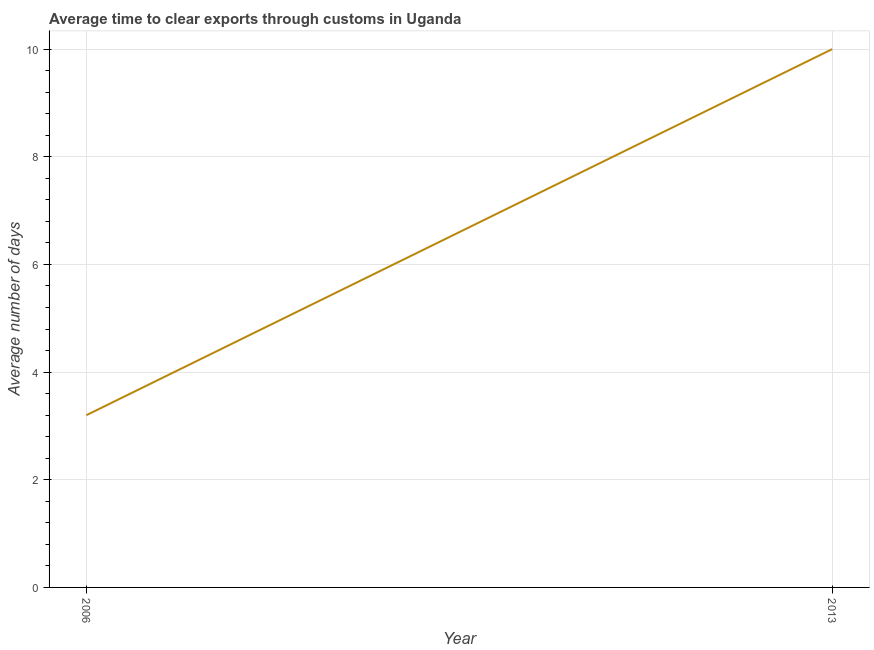
| Year | Time to clear exports through customs |
 | --- | --- |
 | 2006 | 3.2 |
 | 2013 | 10 |